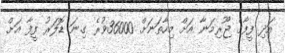
އަދި ފީފާގެ ޖޫރިމަނާ އަށް މިހާތަނަށް 36000ވުރެ ގިނަ ޑޮލަރު ފީފާ އަށް